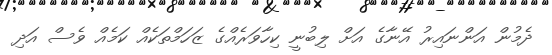
ދެމުން އަންނައިރު އޭނާގެ އަށް ލިބުނީ ކިހާވަރެއްގެ ޒަހަމްތަކެއް ކަމެއް ވެސް އަދި